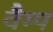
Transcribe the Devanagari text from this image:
वैम्प